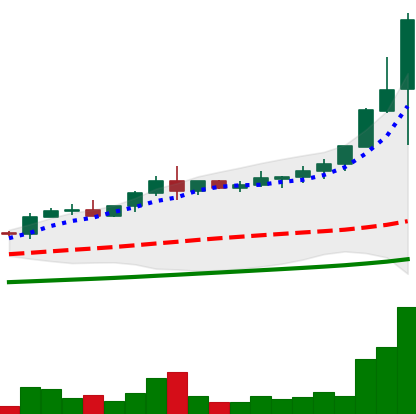
Ticker: NEO-USD
Chart end date: 2021-04-18
Forward return: -27.239%
Label: down_7plus